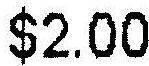
$2.00